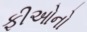
ફીઓનો